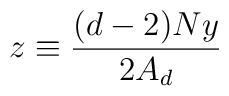
z\equiv\frac{(d-2)Ny}{2A_d}